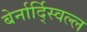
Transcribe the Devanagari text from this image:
बेर्नार्द्स्विल्ल